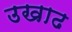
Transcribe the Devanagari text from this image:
उखाढ